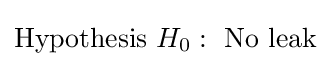
{\text{Hypothesis }}H_{0}:{\text{ No leak}}